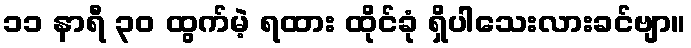
၁၁ နာရီ ၃၀ ထွက်မဲ့ ရထား ထိုင်ခုံ ရှိပါသေးလားခင်ဗျာ။